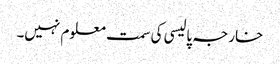
خارجہ پالیسی کی سمت معلوم نہیں۔